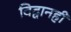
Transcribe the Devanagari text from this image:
विद्वानही